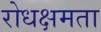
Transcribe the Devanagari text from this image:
रोधक्षमता